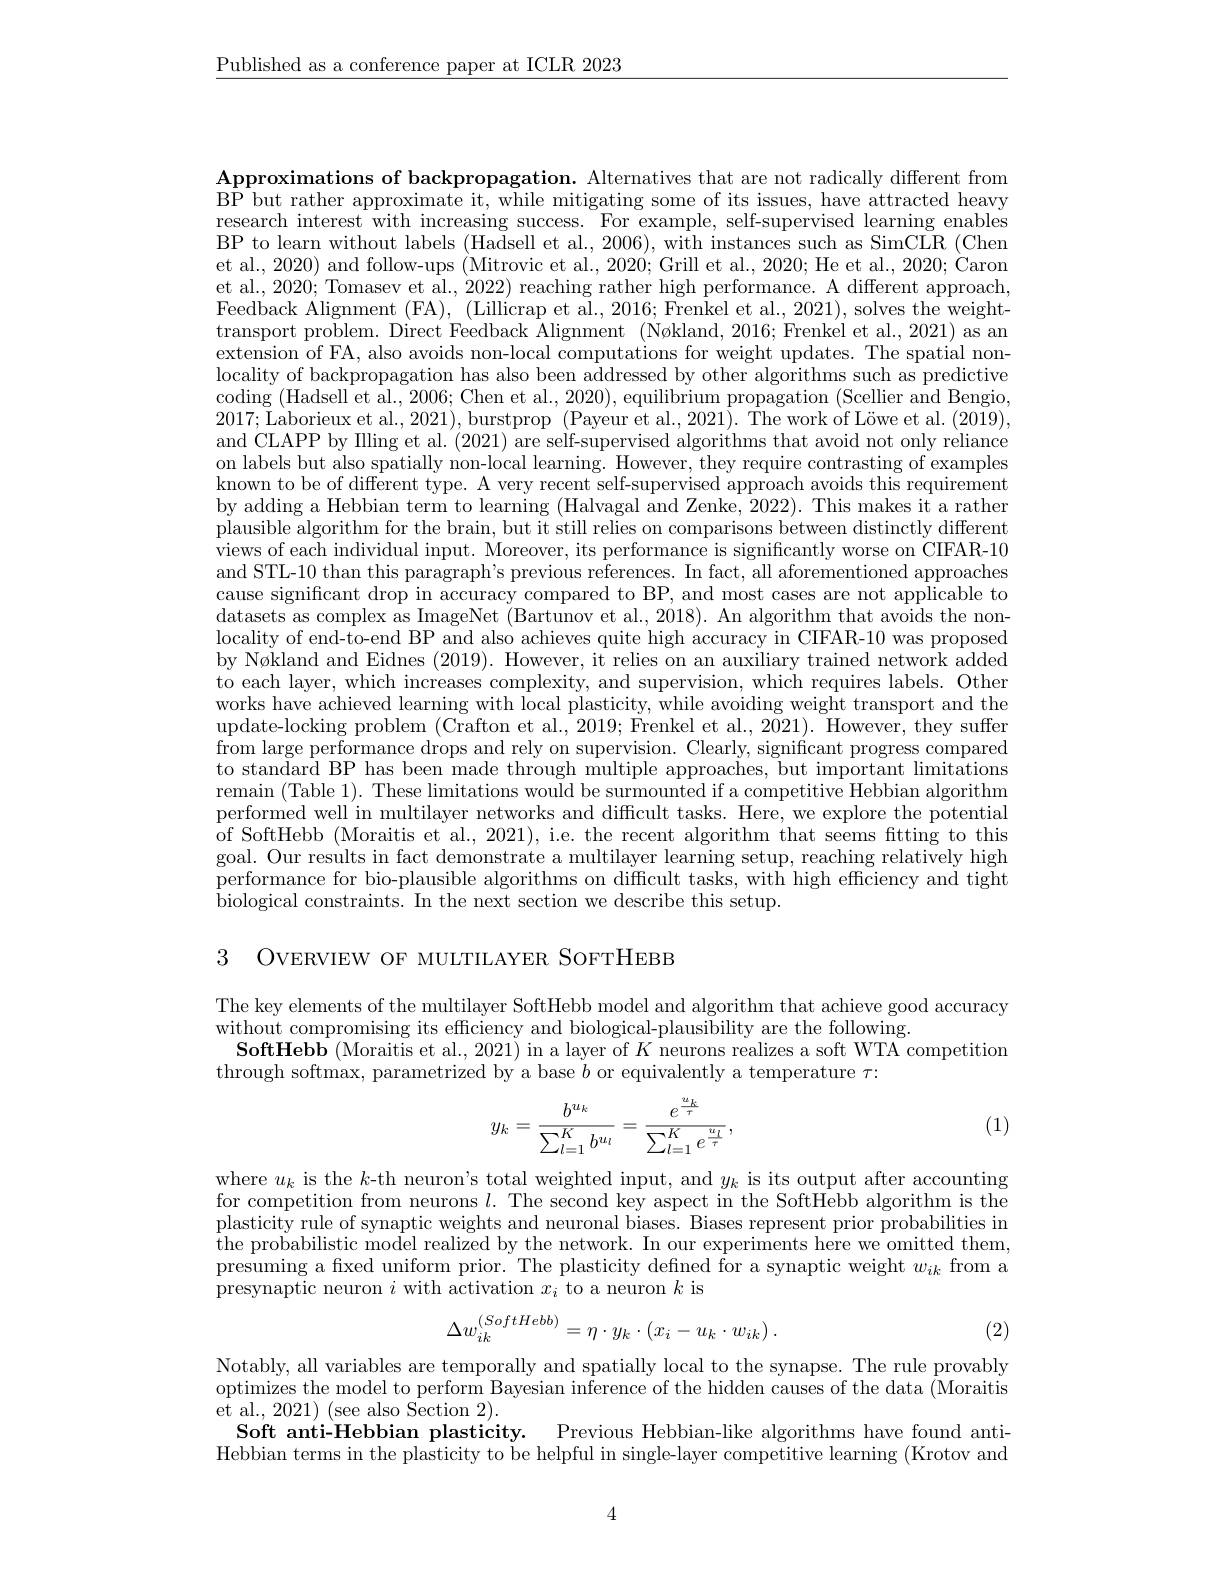
$\underline{\text{Published as a conference paper at ICLR 2023}}$

Approximations of backpropagation. Alternatives that are not radically different from BP but rather approximate it, while mitigating some of its issues, have attracted heavy research interest with increasing success. For example, self-supervised learning enables BP to learn without labels (Hadsell et al., 2006), with instances such as SimCLR (Chen et al., 2020) and follow-ups (Mitrovic et al., 2020; Grill et al., 2020; He et al., 2020; Caron et al., 2020; Tomasev et al., 2022) reaching rather high performance. A different approach, Feedback Alignment (FA), (Lillicrap et al., 2016; Frenkel et al., 2021), solves the weighttransport problem. Direct Feedback Alignment (Nøkland, 2016; Frenkel et al., 2021) as an extension of FA, also avoids non-local computations for weight updates. The spatial nonlocality of backpropagation has also been addressed by other algorithms such as predictive coding (Hadsell et al., 2006; Chen et al., 2020), equilibrium propagation (Scellier and Bengio, 2017; Laborieux et al., 2021), burstprop (Payeur et al., 2021). The work of Löwe et al. (2019), and CLAPP by Illing et al. (2021) are self-supervised algorithms that avoid not only reliance on labels but also spatially non-local learning. However, they require contrasting of examples known to be of different type. A very recent self-supervised approach avoids this requirement by adding a Hebbian term to learning (Halvagal and Zenke, 2022). This makes it a rather plausible algorithm for the brain, but it still relies on comparisons between distinctly different views of each individual input. Moreover, its performance is significantly worse on CIFAR-10 and STL-10 than this paragraph's previous references. In fact, all aforementioned approaches cause significant drop in accuracy compared to BP, and most cases are not applicable to $d$atasets as complex as ImageNet $\tilde\text{(Bartunov et al.,2018).An algorithm that avoids the non-}$ locality of end-to-end BP and also achieves quite high accuracy in CIFAR-10 was proposed by Nøkland and Eidnes (2019). However, it relies on an auxiliary trained network added to each layer, which increases complexity, and supervision, which requires labels. Other works have achieved learning with local plasticity, while avoiding weight transport and the $\underset{c}{\operatorname*{\operatorname*{update-locking}}}$problem$(\underset{c}{\operatorname*{\text{Crafton et al., 2019; Frenkel et al., 2021).}}}$However,theysuffer$\underset{c}{\operatorname*{\operatorname*{update-locking}}}$problem$(\underset{c}{\operatorname*{\text{Crafton et al., 2019; Frenkel et al., 2021).}}}$Hovever,theysuffer from large performance drops and rely on supervision. Clearly, significant progress compared to standard BP has been made through multiple approaches, but important limitations remain (Table 1). These limitations would be surmounted if a competitive Hebbian algorithm performed well in multilayer networks and difficult tasks. Here, we explore the potential of SoftHebb (Moraitis et al., 2021), i.e. the recent algorithm that seems fitting to this goal. Our results in fact demonstrate a multilayer learning setup, reaching relatively high $\bar{\text{performance for bio-plausible algorithms on difficult tasks, with high efficiency and tight}}$ $\dot{\text{biological constraints. In the next section we describe this setup}}.$

3 OVERVIEW OF MULTILAYER SOFTHEBB

The key elements of the multilayer SoftHebb model and algorithm that achieve good accuracy
without compromising its efficiency and biological-plausibility are the following.
$\textbf{SoftHebb ( Moraitis et al. , 2021) in a layer of }K$ neurons realizes a soft WTA competition
through softmax, parametrized by a base $b$ or equivalently a temperature $\tau{:}$

(1)
$$y_k=\frac{b^{u_k}}{\sum_{l=1}^Kb^{u_l}}=\frac{e^{\frac{u_k}{\tau}}}{\sum_{l=1}^Ke^{\frac{u_l}{\tau}}},$$
where $u_k$ is the $k$-th neuron's total weighted input, and $y_k$ is its output after accounting for competition from neurons $l.$ The second key aspect in the SoftHebb algorithm is the $\bar{\text{plasticity rule of synaptic weights and neuronal biases. Biases represent prior probabilities in}}$ $\bar{\text{the probabilistic model realized by the network. In our experiments here we omitted them,}}$ $\dot{\text{presuming a fixed uniform prior. The plasticity defined for a synaptic weight }w_{ik}}$from a presynaptic neuron $i$ with activation $x_i$ to a neuron $k$ is
$$\Delta w_{ik}^{(SoftHebb)}=\eta\cdot y_k\cdot(x_i-u_k\cdot w_{ik})\:.$$
(2)

Notably, all variables are temporally and spatially local to the synapse. The rule provably optimizes the model to perform Bayesian inference of the hidden causes of the data (Moraitis $\bar{\mathrm{et~al.,~2021)~(see~also~Section~2).}}$
Soft anti-Hebbian plasticity.
Previous Hebbian-like algorithms have found anti-
Hebbian terms in the plasticity to be helpful in single-layer competitive learning (Krotov and

4